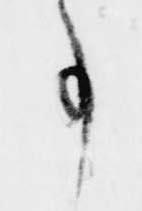
事